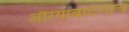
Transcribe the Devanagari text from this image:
औरंगाबादलाच